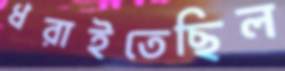
ধরাইতেছিল